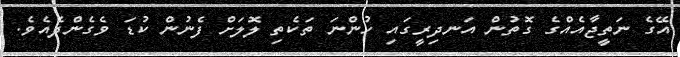
އޭގެ ނަތީޖާއެއްގެ ގޮތުން އަނދިރީގައި ހުންނަ ތަކެތި ލޮލަށް ފެނުން ކުޑަ ވެގެންދެއެވެ.